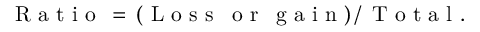
\textrm { R a t i o } \, = \, ( \textrm { L o s s } \, \textrm { o r } \, \textrm { g a i n } ) \, / \, \textrm { T o t a l } .